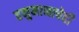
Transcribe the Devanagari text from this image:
हनुमानाचेही